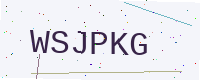
Text: WSJPKG